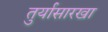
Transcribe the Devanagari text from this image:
तुर्यासारखा